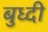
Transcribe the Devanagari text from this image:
बुध्‍दी